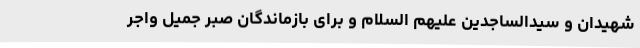
شهیدان و سیدالساجدین علیهم السلام و برای بازماندگان صبر جمیل واجر